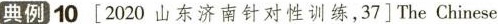
典例)10[2020 山东济南针对性训练，37]The Chinese